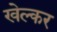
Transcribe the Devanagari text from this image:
खेल्कर